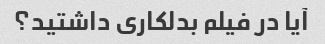
آیا در فیلم بدلکاری داشتید؟